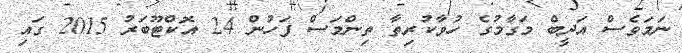
ނަމަވެސް އަދީބް މަގާމުގެ ހުވާކުރިތާ ތިންމަސް ފަހުން 24 އޮކްޓޫބަރު 2015 ގައި